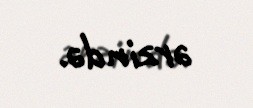
ərzində.